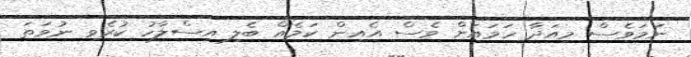
ނަމަވެސް މިއަދާ ހަމައަށް ވެސް އެއިން ކަމެއް ބެލި އިސްލާހު ކުރެވި ނުވަތަ